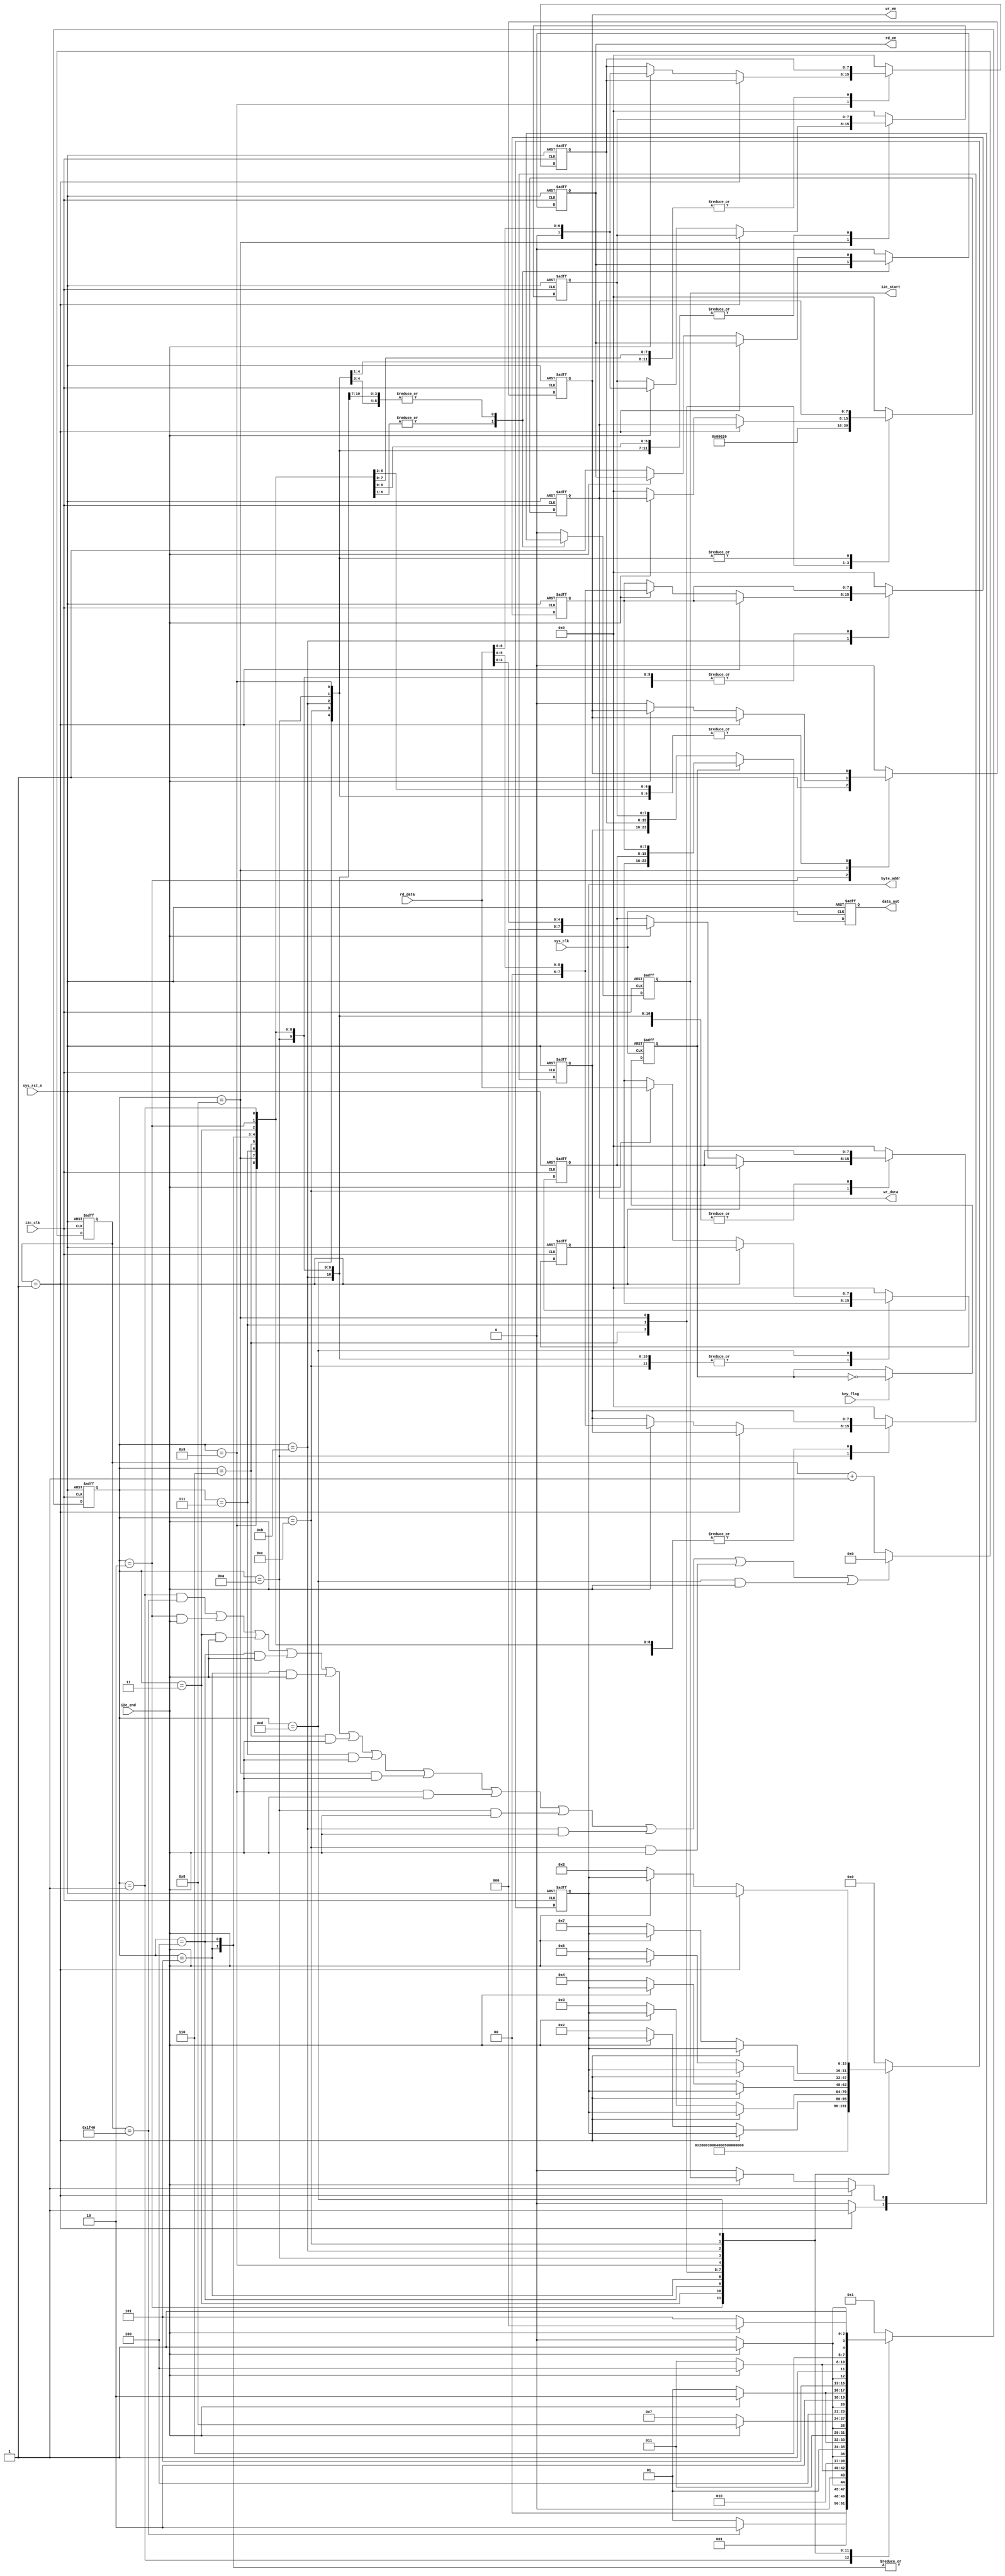
`timescale  1ns/1ns
////////////////////////////////////////////////////////////////////////
// Module Name   : pcf8563_ctrl
// Project Name  : rtc
// Target Devices: Altera EP4CE10F17C8N
// Tool Versions : Quartus 13.0
// Description   : 
// 
// Revision      : V1.0
// Additional Comments:
// 
// : _Pro_FPGA
//     : http://www.embedfire.com
//     : http://www.firebbs.cn
//     : https://fire-stm32.taobao.com
////////////////////////////////////////////////////////////////////////

module  pcf8563_ctrl 
#(
    parameter   TIME_INIT = 48'h20_06_08_08_00_00
)
(
    input   wire            sys_clk     ,   //50MHz
    input   wire            i2c_clk     ,   //i2c
    input   wire            sys_rst_n   ,   //
    input   wire            i2c_end     ,   //i2c/
    input   wire    [7:0]   rd_data     ,   //i2c
    input   wire            key_flag    ,   //

    output  reg             wr_en       ,   //
    output  reg             rd_en       ,   //
    output  reg             i2c_start   ,   //i2c
    output  reg     [15:0]  byte_addr   ,   //i2c
    output  reg     [7:0]   wr_data     ,   //i2c
    output  reg     [23:0]  data_out        //bcd
    
);

//********************************************************************//
//******************** Parameter and Internal Signal *****************//
//********************************************************************//

//parameter define  
localparam   S_WAIT         =   4'd1    ,   //
             INIT_SEC       =   4'd2    ,   //
             INIT_MIN       =   4'd3    ,   //
             INIT_HOUR      =   4'd4    ,   //
             INIT_DAY       =   4'd5    ,   // 
             INIT_MON       =   4'd6    ,   // 
             INIT_YEAR      =   4'd7    ,   // 
             RD_SEC         =   4'd8    ,   //
             RD_MIN         =   4'd9    ,   //
             RD_HOUR        =   4'd10   ,   //
             RD_DAY         =   4'd11   ,   //
             RD_MON         =   4'd12   ,   //
             RD_YEAR        =   4'd13   ;   //
localparam   CNT_WAIT_8MS   =   8000    ;   //8ms

//reg   define
reg [7:0]   year        ;   //
reg [7:0]   month       ;   //
reg [7:0]   day         ;   //
reg [7:0]   hour        ;   //
reg [7:0]   minute      ;   //
reg [7:0]   second      ;   //
reg         data_flag   ;   //
reg [3:0]   state       ;   //
reg [12:0]  cnt_wait    ;   //

//********************************************************************//
//***************************** Main Code ****************************//
//********************************************************************//

//
always@(posedge sys_clk or  negedge sys_rst_n)
    if(sys_rst_n == 1'b0)
        data_flag   <=  1'b0;
    else    if(key_flag ==  1'b1)
        data_flag   <=  ~data_flag;
    else
        data_flag   <=  data_flag;

//data_flag01
always@(posedge sys_clk or  negedge sys_rst_n)
    if(sys_rst_n == 1'b0)
        data_out    <=  24'd0;
    else    if(data_flag == 1'b0)
        data_out    <=  {hour,minute,second};
    else
        data_out    <=  {year,month,day};

//cnt_wait:0
always@(posedge i2c_clk or  negedge sys_rst_n)
    if(sys_rst_n == 1'b0)
        cnt_wait    <=  13'd0;
    else    if((state==S_WAIT && cnt_wait==CNT_WAIT_8MS) || 
              (state==INIT_SEC && i2c_end==1'b1) || (state==INIT_MIN 
              && i2c_end==1'b1) || (state==INIT_HOUR && i2c_end==1'b1)
              || (state==INIT_DAY && i2c_end==1'b1) || (state==INIT_MON
              && i2c_end == 1'b1) || (state==INIT_YEAR && i2c_end==1'b1)
              || (state==RD_SEC && i2c_end==1'b1) || (state==RD_MIN && 
              i2c_end==1'b1) || (state==RD_HOUR && i2c_end==1'b1) || 
              (state==RD_DAY && i2c_end==1'b1) || (state==RD_MON && 
              i2c_end==1'b1) || (state==RD_YEAR && i2c_end==1'b1))
        cnt_wait    <=  13'd0;
    else
        cnt_wait    <=  cnt_wait + 1'b1;

//
always@(posedge i2c_clk or  negedge sys_rst_n)
    if(sys_rst_n == 1'b0)
        state   <=  S_WAIT;
    else    case(state)
    //8ms
        S_WAIT:
            if(cnt_wait == CNT_WAIT_8MS)
                state       <=  INIT_SEC;
            else
                state       <=  S_WAIT;
    //i2c_end == 1'b1
        INIT_SEC:
            if(i2c_end == 1'b1)
                state       <=  INIT_MIN;
            else
                state       <=  INIT_SEC;
    //i2c_end == 1'b1
        INIT_MIN:
            if(i2c_end == 1'b1)
                state       <=  INIT_HOUR ;
            else
                state       <=  INIT_MIN       ;
    //i2c_end == 1'b1
        INIT_HOUR:
            if(i2c_end == 1'b1)
                state       <=  INIT_DAY;
            else
                state       <=  INIT_HOUR       ;
    //i2c_end == 1'b1
        INIT_DAY:
            if(i2c_end == 1'b1)
                state       <=  INIT_MON;
            else
                state       <=  INIT_DAY       ;
    //i2c_end == 1'b1
        INIT_MON:
            if(i2c_end == 1'b1)
                state       <=  INIT_YEAR;
            else
                state       <=  INIT_MON;
    //i2c_end == 1'b1
        INIT_YEAR:
            if(i2c_end == 1)
                state   <=  RD_SEC;
            else
                state       <=  INIT_YEAR;
    //
        RD_SEC:
            if(i2c_end == 1'b1)
                state       <=  RD_MIN;
            else
                state       <=  RD_SEC;
    //
        RD_MIN:
            if(i2c_end == 1'b1)
                state       <=  RD_HOUR;
            else
                state       <=  RD_MIN;
    //
        RD_HOUR:
            if(i2c_end == 1'b1)
                state       <=  RD_DAY;
            else
                state       <=  RD_HOUR;
    //
        RD_DAY:
            if(i2c_end == 1'b1)
                state       <=  RD_MON;
            else
                state       <=  RD_DAY;
    //
        RD_MON:
            if(i2c_end == 1'b1)
                state       <=  RD_YEAR;
            else
                state       <=  RD_MON;
    //
        RD_YEAR:
            if(i2c_end == 1'b1)
                state       <=  RD_SEC;
            else
                state       <=  RD_YEAR;
        default:
            state       <=  S_WAIT;
    endcase
        
//
always@(posedge i2c_clk or  negedge sys_rst_n)
    if(sys_rst_n == 1'b0)
        begin
            wr_en       <=  1'b0    ;
            rd_en       <=  1'b0    ;
            i2c_start   <=  1'b0    ;
            byte_addr   <=  16'd0   ;
            wr_data     <=  8'd0    ;
            year        <=  8'd0    ;
            month       <=  8'd0    ;
            day         <=  8'd0    ;
            hour        <=  8'd0    ;
            minute      <=  8'd0    ;
            second      <=  8'd0    ;
        end
    else    case(state)
        S_WAIT: //
            begin
                wr_en       <=  1'b0    ;
                rd_en       <=  1'b0    ;
                i2c_start   <=  1'b0    ;
                byte_addr   <=  16'h0   ;
                wr_data     <=  8'h00   ;
            end 
        INIT_SEC:  //
            if(cnt_wait == 13'd1)
                begin
                    wr_en       <=  1'b1    ;
                    i2c_start   <=  1'b1    ;
                    byte_addr   <=  16'h02  ;
                    wr_data     <=  TIME_INIT[7:0];
                end
            else
                begin
                    wr_en       <=  1'b1    ;
                    i2c_start   <=  1'b0    ;
                    byte_addr   <=  16'h02  ;
                    wr_data     <=  TIME_INIT[7:0];
                end
        INIT_MIN:  //
            if(cnt_wait == 13'd1)
                begin
                    i2c_start   <=  1'b1    ;
                    byte_addr   <=  16'h03  ;
                    wr_data     <=  TIME_INIT[15:8];
                end
            else
                begin
                    i2c_start   <=  1'b0    ;
                    byte_addr   <=  16'h03  ;
                    wr_data     <=  TIME_INIT[15:8];
                end
        INIT_HOUR: //
            if(cnt_wait == 13'd1)
                begin
                    i2c_start   <=  1'b1    ;   
                    byte_addr   <=  16'h04  ;
                    wr_data     <=  TIME_INIT[23:16];
                end
            else
                begin
                    i2c_start   <=  1'b0    ;
                    byte_addr   <=  16'h04  ;
                    wr_data     <=  TIME_INIT[23:16];
                end
        INIT_DAY: //
            if(cnt_wait == 13'd1)
                begin
                    i2c_start   <=  1'b1    ;   
                    byte_addr   <=  16'h05  ;
                    wr_data     <=  TIME_INIT[31:24];
                end
            else
                begin
                    i2c_start   <=  1'b0    ;
                    byte_addr   <=  16'h05  ;
                    wr_data     <=  TIME_INIT[31:24];
                end
        INIT_MON: //
            if(cnt_wait == 13'd1)
                begin
                    i2c_start   <=  1'b1    ;   
                    byte_addr   <=  16'h07  ;
                    wr_data     <=  TIME_INIT[39:32];
                end
            else
                begin
                    i2c_start   <=  1'b0    ;
                    byte_addr   <=  16'h07  ;
                    wr_data     <=  TIME_INIT[39:32];
                end
        INIT_YEAR: //
            if(cnt_wait == 13'd1)
                begin
                    i2c_start   <=  1'b1    ;
                    byte_addr   <=  16'h08  ;
                    wr_data     <=  TIME_INIT[47:40];
                end
            else
                begin
                    i2c_start   <=  1'b0    ;
                    byte_addr   <=  16'h08  ;
                    wr_data     <=  TIME_INIT[47:40];
                end
        RD_SEC: //
            if(cnt_wait == 13'd1)
                i2c_start   <=  1'b1;
            else    if(i2c_end == 1'b1)
                second      <=  rd_data[6:0];
            else
                begin
                    wr_en       <=  1'b0    ;
                    rd_en       <=  1'b1    ;
                    i2c_start   <=  1'b0    ;
                    byte_addr   <=  16'h02  ;
                    wr_data     <=  8'd0    ;
                end
        RD_MIN: //
            if(cnt_wait == 13'd1)
                i2c_start   <=  1'b1;
            else    if(i2c_end == 1'b1)
                minute      <=  rd_data[6:0];
            else
                begin
                    rd_en       <=  1'b1    ;
                    i2c_start   <=  1'b0    ;
                    byte_addr   <=  16'h03  ;
                end
        RD_HOUR: //
            if(cnt_wait == 13'd1)
                i2c_start   <=  1'b1;
            else    if(i2c_end == 1'b1)
                hour        <=  rd_data[5:0];
            else
                begin
                    rd_en       <=  1'b1    ;
                    i2c_start   <=  1'b0    ;
                    byte_addr   <=  16'h04  ;
                end
        RD_DAY: //
            if(cnt_wait == 13'd1)
                i2c_start   <=  1'b1;
            else    if(i2c_end == 1'b1)
                day      <=  rd_data[5:0];
            else
                begin
                    rd_en       <=  1'b1    ;
                    i2c_start   <=  1'b0    ;
                    byte_addr   <=  16'h05  ;
                end
        RD_MON: //
            if(cnt_wait == 13'd1)
                i2c_start   <=  1'b1;
            else    if(i2c_end == 1'b1)
                month      <=  rd_data[4:0];
            else
                begin
                    rd_en       <=  1'b1    ;
                    i2c_start   <=  1'b0    ;
                    byte_addr   <=  16'h07  ;
                end
        RD_YEAR: //
            if(cnt_wait == 13'd1)
                i2c_start   <=  1'b1;
            else    if(i2c_end == 1'b1)
                year        <=  rd_data[7:0];
            else
                begin
                    rd_en       <=  1'b1    ;
                    i2c_start   <=  1'b0    ;
                    byte_addr   <=  16'h08  ;
                end
        default:
        begin
            wr_en       <=  1'b0    ;
            rd_en       <=  1'b0    ;
            i2c_start   <=  1'b0    ;
            byte_addr   <=  16'd0   ;
            wr_data     <=  8'd0    ;
            year        <=  8'd0    ;
            month       <=  8'd0    ;
            day         <=  8'd0    ;
            hour        <=  8'd0    ;
            minute      <=  8'd0    ;
            second      <=  8'd0    ;
        end
    endcase

endmodule